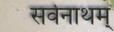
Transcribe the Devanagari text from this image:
सर्वनाथम्